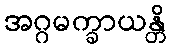
အဂ္ဂမက္ခာယန္တိ